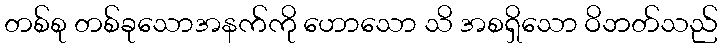
တစ်စု တစ်ခုသောအနက်ကို ဟောသော သိ အစရှိသော ဝိဘတ်သည်